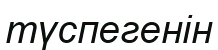
түспегенін